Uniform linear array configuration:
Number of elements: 64
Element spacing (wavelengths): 0.25
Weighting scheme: hamming
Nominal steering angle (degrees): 60
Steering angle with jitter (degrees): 59.982
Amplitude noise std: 0.05
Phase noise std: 0.05

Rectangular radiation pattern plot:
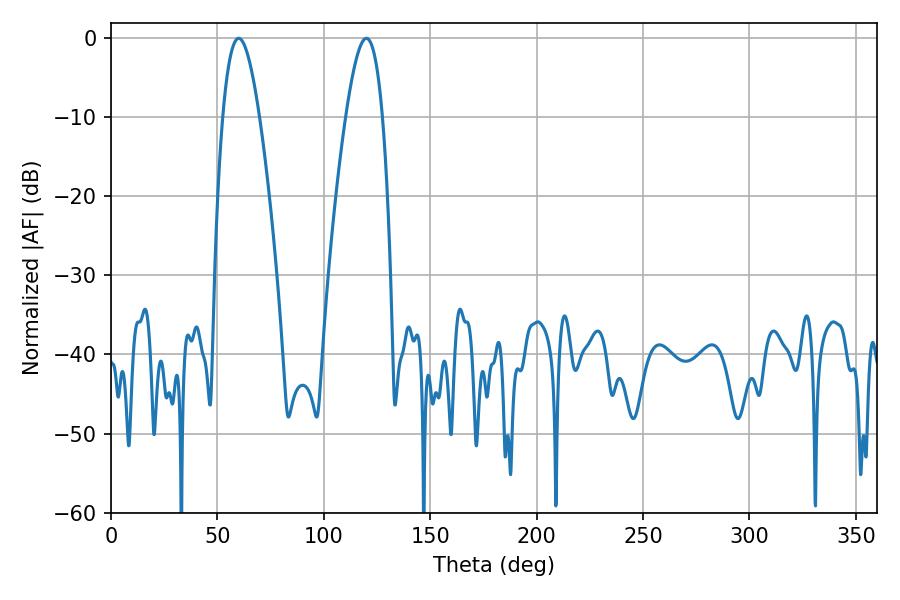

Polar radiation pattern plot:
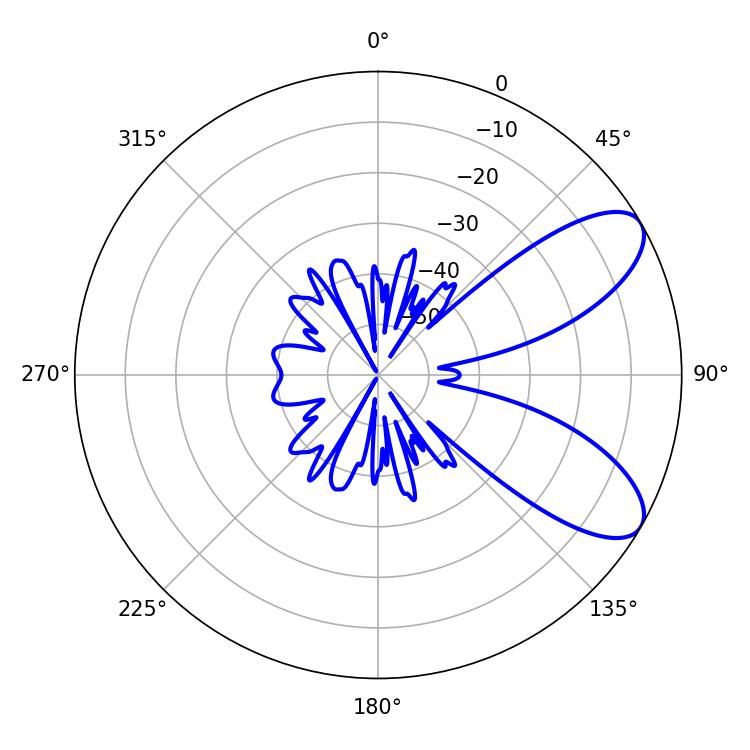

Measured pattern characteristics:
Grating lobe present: FALSE
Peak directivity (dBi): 8.123
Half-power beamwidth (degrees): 9.36
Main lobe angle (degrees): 59.94